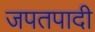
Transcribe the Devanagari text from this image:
जपतपादी